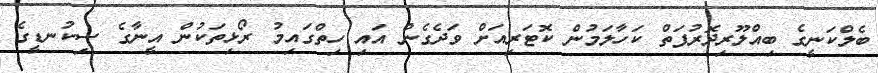
ބެލްކަނީގެ ބިއްލޫރިދޮރުފަތް ކަހާލަމުން ކޮޓަރިއަށް ވަދެގެން އައި ހިތްގައިމު ރޯޅިތަކުން އީނާގެ ސިކުނޑީގެ